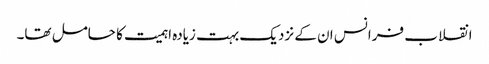
انقلاب فرانس ان کے نزدیک بہت زیادہ اہمیت کا حامل تھا۔